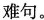
难句。